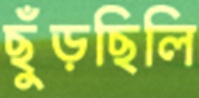
ছুঁড়ছিলি